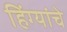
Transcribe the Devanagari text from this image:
हिंग्यांचे